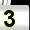
Digit: 3